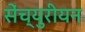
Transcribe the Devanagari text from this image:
सेंच्युरीयन